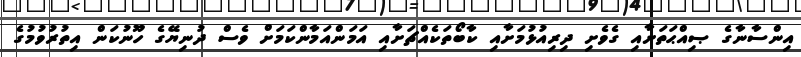
އިންސާނާގެ ޞިއްޙަތަށާއި ގެވެށި ދިރިއުޅުމަށާއި ކާބޯތަކެއްޗަށާއި އަމަންއަމާންކަމަށް ވެސް ދުނިޔޭގެ ހޫނުކަން އިތުރުވުމުގެ